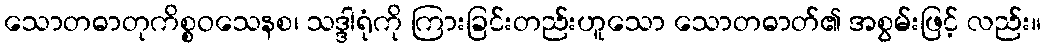
သောတဓာတုကိစ္စဝသေနစ၊ သဒ္ဒါရုံကို ကြားခြင်းတည်းဟူသော သောတဓာတ်၏ အစွမ်းဖြင့် လည်း။